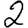
Digit: 2